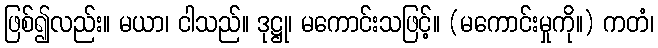
ဖြစ်၍လည်း။ မယာ၊ ငါသည်။ ဒုဋ္ဌု၊ မကောင်းသဖြင့်။ (မကောင်းမှုကို။) ကတံ၊